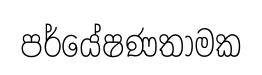
පර්යේෂණතාමක